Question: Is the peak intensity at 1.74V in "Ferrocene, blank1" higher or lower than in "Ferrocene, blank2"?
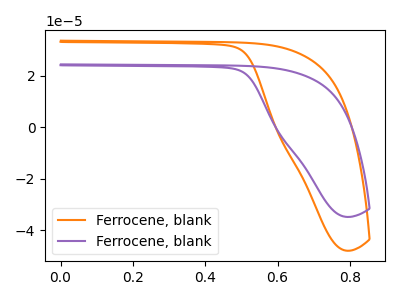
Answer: <think>The orange curve "Ferrocene, blank1" has no peaks. The purple curve "Ferrocene, blank2" has no peaks.</think>
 <answer>"Ferrocene, blank1" and "Ferrocene, blank2" dont share a peak at 1.74V.</answer>
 <eval>mismatch</eval>